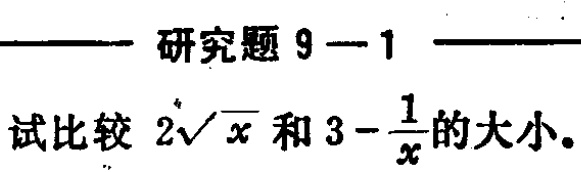
研究题 9—1
试比较 \(2\sqrt{x}\) 和 \(3 - \frac{1}{x}\) 的大小。